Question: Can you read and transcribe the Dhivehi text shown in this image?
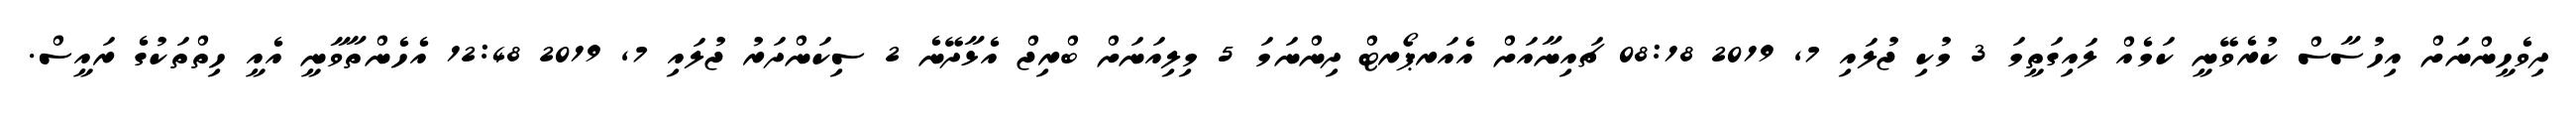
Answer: ދިވެހީންނަށް އިހުސާސް ކުރެވޭނީ ކަމެއް ލައިގަތީމަ 3 މުކި ޖުލައި 7, 2019 08:18 ޗައިނާއަށް އެއަރޕޯރޓް ދިންނަމަ 5 މިލިއަނަށް ބްރިޖް އެޅާދޭނެ 2 ސިކަންދަރު ޖުލައި 7, 2019 12:48 އެހެންތާވާނީ އެއީ ހިތްތަކުގެ ރައީސް.